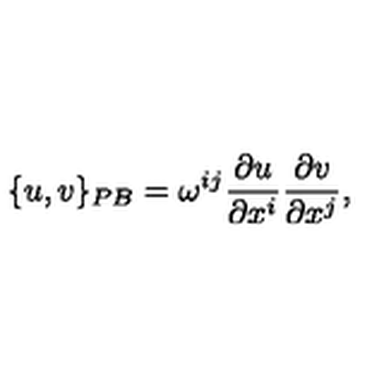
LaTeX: \{ u , v \} _ { P B } = \omega ^ { i j } { \frac { \partial u } { \partial x ^ { i } } } { \frac { \partial v } { \partial x ^ { j } } } ,